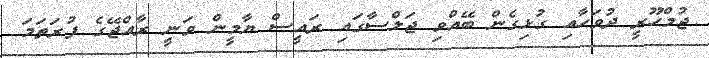
ޖުމްހޫރީ ދުވަހާއި ގުޅިގެން ބޭއްވި ޖަލްސާގައި ރައީސް ޔާމީން ވަނީ ރާއްޖޭގެ ފުރަތަމަ